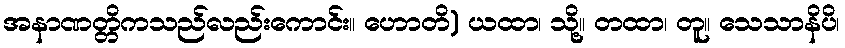
အနာဏတ္တိကသည်လည်းကောင်း။ ဟောတိ) ယထာ၊ သို့။ တထာ၊ တူ။ သေသာနိပိ၊